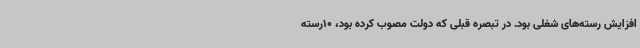
افزایش رسته‌های شغلی بود. در تبصره قبلی که دولت مصوب کرده بود، 10رسته